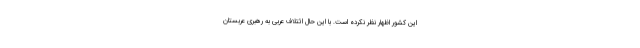
این کشور اظهار نظر نکرده است. با این حال ائتلاف عربی به رهبری عربستان